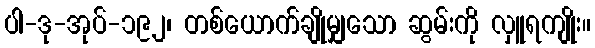
ပါ-ဒု-အုပ်-၁၉၂၊ တစ်ယောက်ချိုမျှသော ဆွမ်းကို လှူရကျိုး။